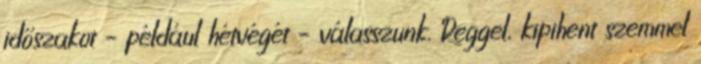
időszakot – például hétvégét – válasszunk. Reggel, kipihent szemmel